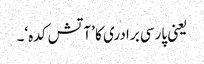
یعنی پارسی برادری کا ’آتش کدہ‘۔